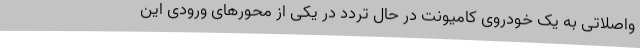
واصلاتی به یک خودروی کامیونت در حال تردد در یکی از محورهای ورودی این